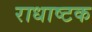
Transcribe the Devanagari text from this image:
राधाष्टक